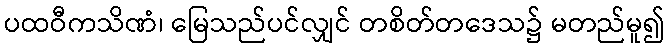
ပထဝီကသိဏံ၊ မြေသည်ပင်လျှင် တစိတ်တဒေသ၌ မတည်မူ၍